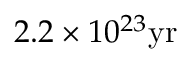
2 . 2 \times 1 0 ^ { 2 3 } \mathrm { y r }